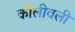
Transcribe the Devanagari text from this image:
कोलीवली